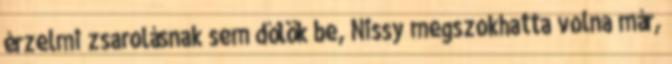
érzelmi zsarolásnak sem dőlök be, Nissy megszokhatta volna már,